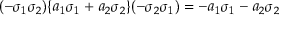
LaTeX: ( - \sigma _ { 1 } \sigma _ { 2 } ) \{ a _ { 1 } \sigma _ { 1 } + a _ { 2 } \sigma _ { 2 } \} ( - \sigma _ { 2 } \sigma _ { 1 } ) = - a _ { 1 } \sigma _ { 1 } - a _ { 2 } \sigma _ { 2 }